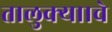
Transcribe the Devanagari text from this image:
तालुक्यााचे